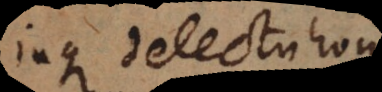
inque delectu